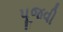
પૂજવી